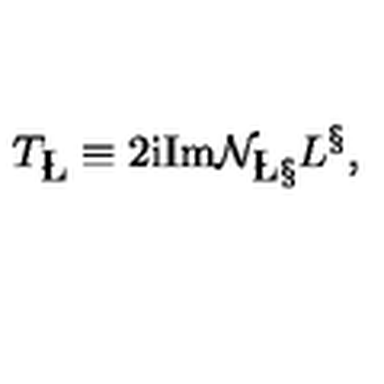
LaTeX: T _ { { \bf \L } } \equiv 2 \mathrm { i } \mathrm { I m } { \cal N } _ { { \bf \L } { \bf \S } } L ^ { { \bf \S } } ,